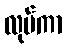
လုပ်ကာ